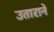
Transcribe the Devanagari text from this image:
उताराने